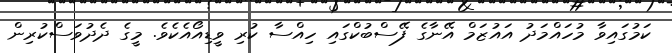
ކަމުގައިވާ މުހައްމަދު އައުޒަމް އޭނާގެ ފޭސްބުކްގައި ހިއްސާ ކުރި ވީޑިއޯއެކެވެ. މީގެ ދެދުވަސްކުރިން